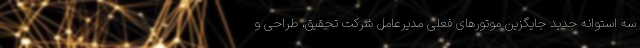
سه استوانه جدید جایگزین موتورهای فعلی مدیرعامل شرکت تحقیق، طراحی و